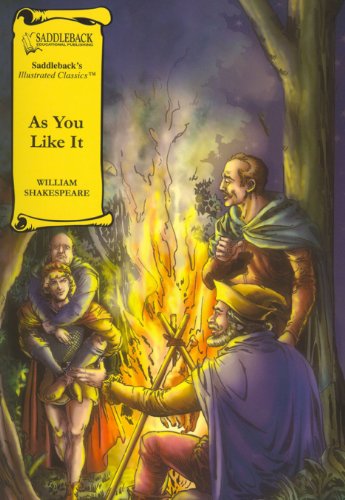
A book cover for As You Like It (Saddleback's Illustrated Classics); William Shakespeare; Literature & Fiction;